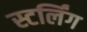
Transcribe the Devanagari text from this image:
स्टर्लिंग